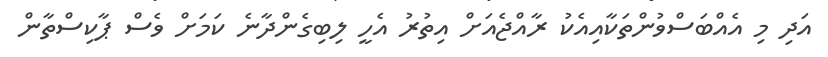
އަދި މި އެއްބަސްވުންތަކާއިއެކު ރާއްޖެއަށް އިތުރު އެހީ ލިބިގެންދާނެ ކަމަށް ވެސް ޕާކިސްތާން